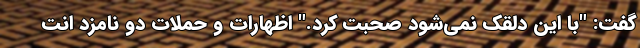
گفت: "با این دلقک نمی‌شود صحبت کرد." اظهارات و حملات دو نامزد انت